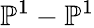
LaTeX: \mathbb{P}^{1}-\mathbb{P}^{1}